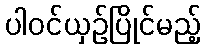
ပါဝင်ယှဉ်ပြိုင်မည့်